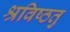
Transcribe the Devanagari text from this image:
श्रविष्ठतु